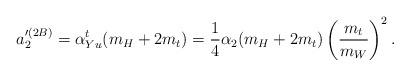
LaTeX: \begin{align*}a_2'^{(2B)}= \alpha_{Yu}^t (m_H+2m_t)=\frac{1}{4} \alpha_2(m_H+2m_t) \left( \frac{m_t}{m_W} \right)^2.\end{align*}